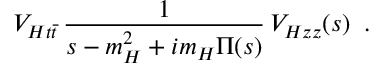
V _ { H t \bar { t } } \, \frac { 1 } { s - m _ { H } ^ { 2 } + i m _ { H } \Pi ( s ) } \, V _ { H z z } ( s ) \; \; .